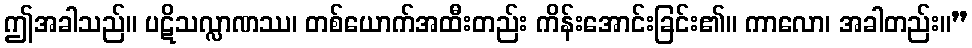
ဤအခါသည်။ ပဋိသလ္လာဏဿ၊ တစ်ယောက်အထီးတည်း ကိန်းအောင်းခြင်း၏။ ကာလော၊ အခါတည်း။”